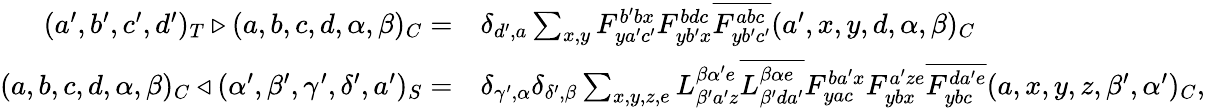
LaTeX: \begin{array}{rl}{(a^{\prime},b^{\prime},c^{\prime},d^{\prime})_{T}\triangleright(a,b,c,d,\alpha,\beta)_{C}=}&{\delta_{d^{\prime},a}\sum_{x,y}F_{ya^{\prime}c^{\prime}}^{b^{\prime}bx}F_{yb^{\prime}x}^{bdc}\overline{{F_{yb^{\prime}c^{\prime}}^{abc}}}(a^{\prime},x,y,d,\alpha,\beta)_{C}}\\ {(a,b,c,d,\alpha,\beta)_{C}\triangleleft(\alpha^{\prime},\beta^{\prime},\gamma^{\prime},\delta^{\prime},a^{\prime})_{S}=}&{\delta_{\gamma^{\prime},\alpha}\delta_{\delta^{\prime},\beta}\sum_{x,y,z,e}L_{\beta^{\prime}a^{\prime}z}^{\beta\alpha^{\prime}e}\overline{{L_{\beta^{\prime}da^{\prime}}^{\beta\alpha e}}}F_{yac}^{ba^{\prime}x}F_{ybx}^{a^{\prime}ze}\overline{{F_{ybc}^{da^{\prime}e}}}(a,x,y,z,\beta^{\prime},\alpha^{\prime})_{C},}\end{array}